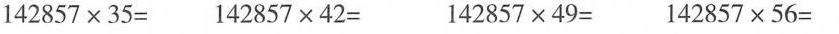
$$142857\times35=$$ $$142857\times42=$$ $$142857\times49=$$ $$142857\times56=$$